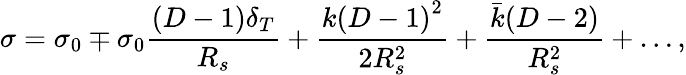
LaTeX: \sigma=\sigma_{0}\mp\sigma_{0}\frac{(D-1)\delta_{T}}{R_{s}}+\frac{k{(D-1)}^{2}}{2R_{s}^{2}}+\frac{\bar{k}(D-2)}{R_{s}^{2}}+\dots,